Report of the Indian Hemp Drugs Commission, 1894-1895 - Volume I
Year: 1894
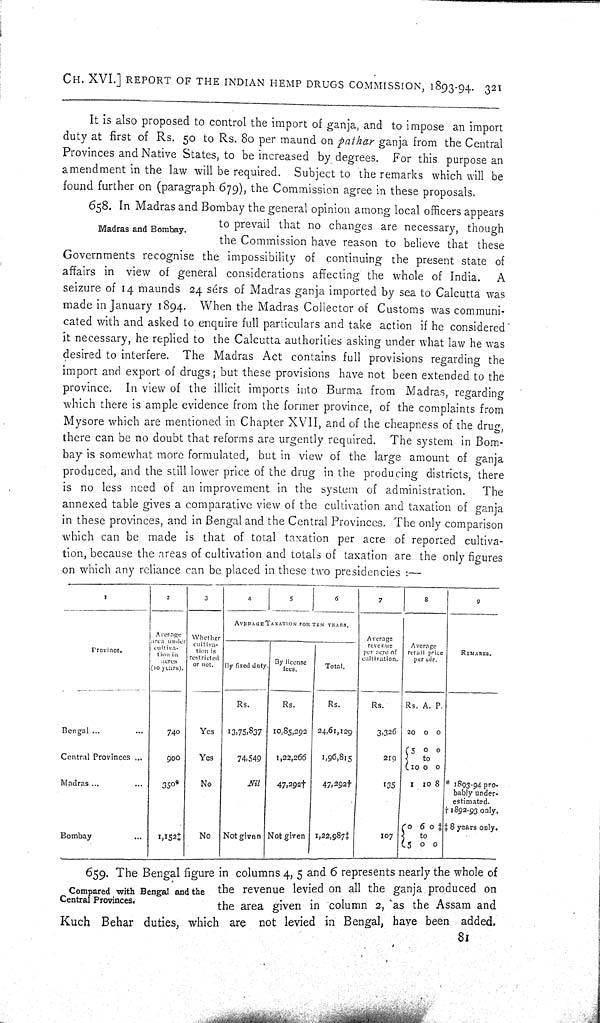
CH. XVI.] REPORT OF THE INDIAN HEMP DRUGS COMMISSION, 1893-94. 321
It is also proposed to control the import of ganja, and to impose an import
duty at first of Rs. 50 to Rs. 80 per maund on pathar ganja from the Central
Provinces and Native States, to be increased by degrees. For this purpose an
amendment in the law will be required. Subject to the remarks which will be
found further on (paragraph 679), the Commission agree in these proposals.
Madras and Bombay.
658. In Madras and Bombay the general opinion among local officers appears
to prevail that no changes are necessary, though
the Commission have reason to believe that these
Governments recognise the impossibility of continuing the present state of
affairs in view of general considerations affecting the whole of India.
A
seizure of 14 maunds 24 sérs of Madras ganja imported by sea to Calcutta was
made in January 1894. When the Madras Collector of Customs was communi-
cated with and asked to enquire full particulars and take action if he considered
it necessary, he replied to the Calcutta authorities asking under what law he was
desired to interfere. The Madras Act contains full provisions regarding the
import and export of drugs; but these provisions have not been extended to the
province. In view of the illicit imports into Burma from Madras, regarding
which there is ample evidence from the former province, of the complaints from
Mysore which are mentioned in Chapter XVII, and of the cheapness of the drug,
there can be no doubt that reforms are urgently required. The system in Bom-
bay is somewhat more formulated, but in view of the large amount of ganja
produced, and the still lower price of the drug in the producing districts, there
is no less need of an improvement in the system of administration.
The
annexed table gives a comparative view of the cultivation and taxation of ganja
in these provinces, and in Bengal and the Central Provinces. The only comparison
which can be made is that of total taxation per acre of reported cultiva-
tion, because the areas of cultivation and totals of taxation are the only figures
on which any reliance can be placed in these two presidencies:—
1
2
3
4
5
6
7
8
9
Province.
AVERAGE TAXATION FOR TEN YEARS.
Province.
Average
area under
cultiva-
tion in
acres
(10 years).
Whether
cultiva-
tion is
restricted
or not.
By fixed duty.
By license
fees.
Total.
Average
revenue
per acre of
cultivation.
Average
retail price
per sér.
REMARKS.
Rs.
Rs.
Rs.
Rs.
Rs. A. P.
Bengal
740
Yes
13,75,837 10,85,292 24,61,129
3,326 20 0 0
Central Provinces
900
Yes
74,549
1,22,266
1,96,815
219
5 0 0
to
10 0 0
Madras
350*
No
Nil
47,292†
47,292†
135
1 10 8 * 1893-94 pro-
bably under-
estimated.
† 1892-93 only.
Bombay
1,152‡
No Not given Not given 1,22,987‡
107
0 6 0 ‡
to
5
0 0
‡ 8 years only.
Compared with Bengal and the
Central Provinces.
659. The Bengal figure in columns 4, 5 and 6 represents nearly the whole of
the revenue levied on all the ganja produced on
the area given in column 2, as the Assam and
Kuch Behar duties, which are not levied in Bengal, have been added.
81